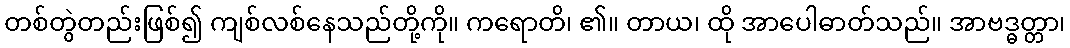
တစ်တွဲတည်းဖြစ်၍ ကျစ်လစ်နေသည်တို့ကို။ ကရောတိ၊ ၏။ တာယ၊ ထို အာပေါဓာတ်သည်။ အာဗဒ္ဓတ္တာ၊